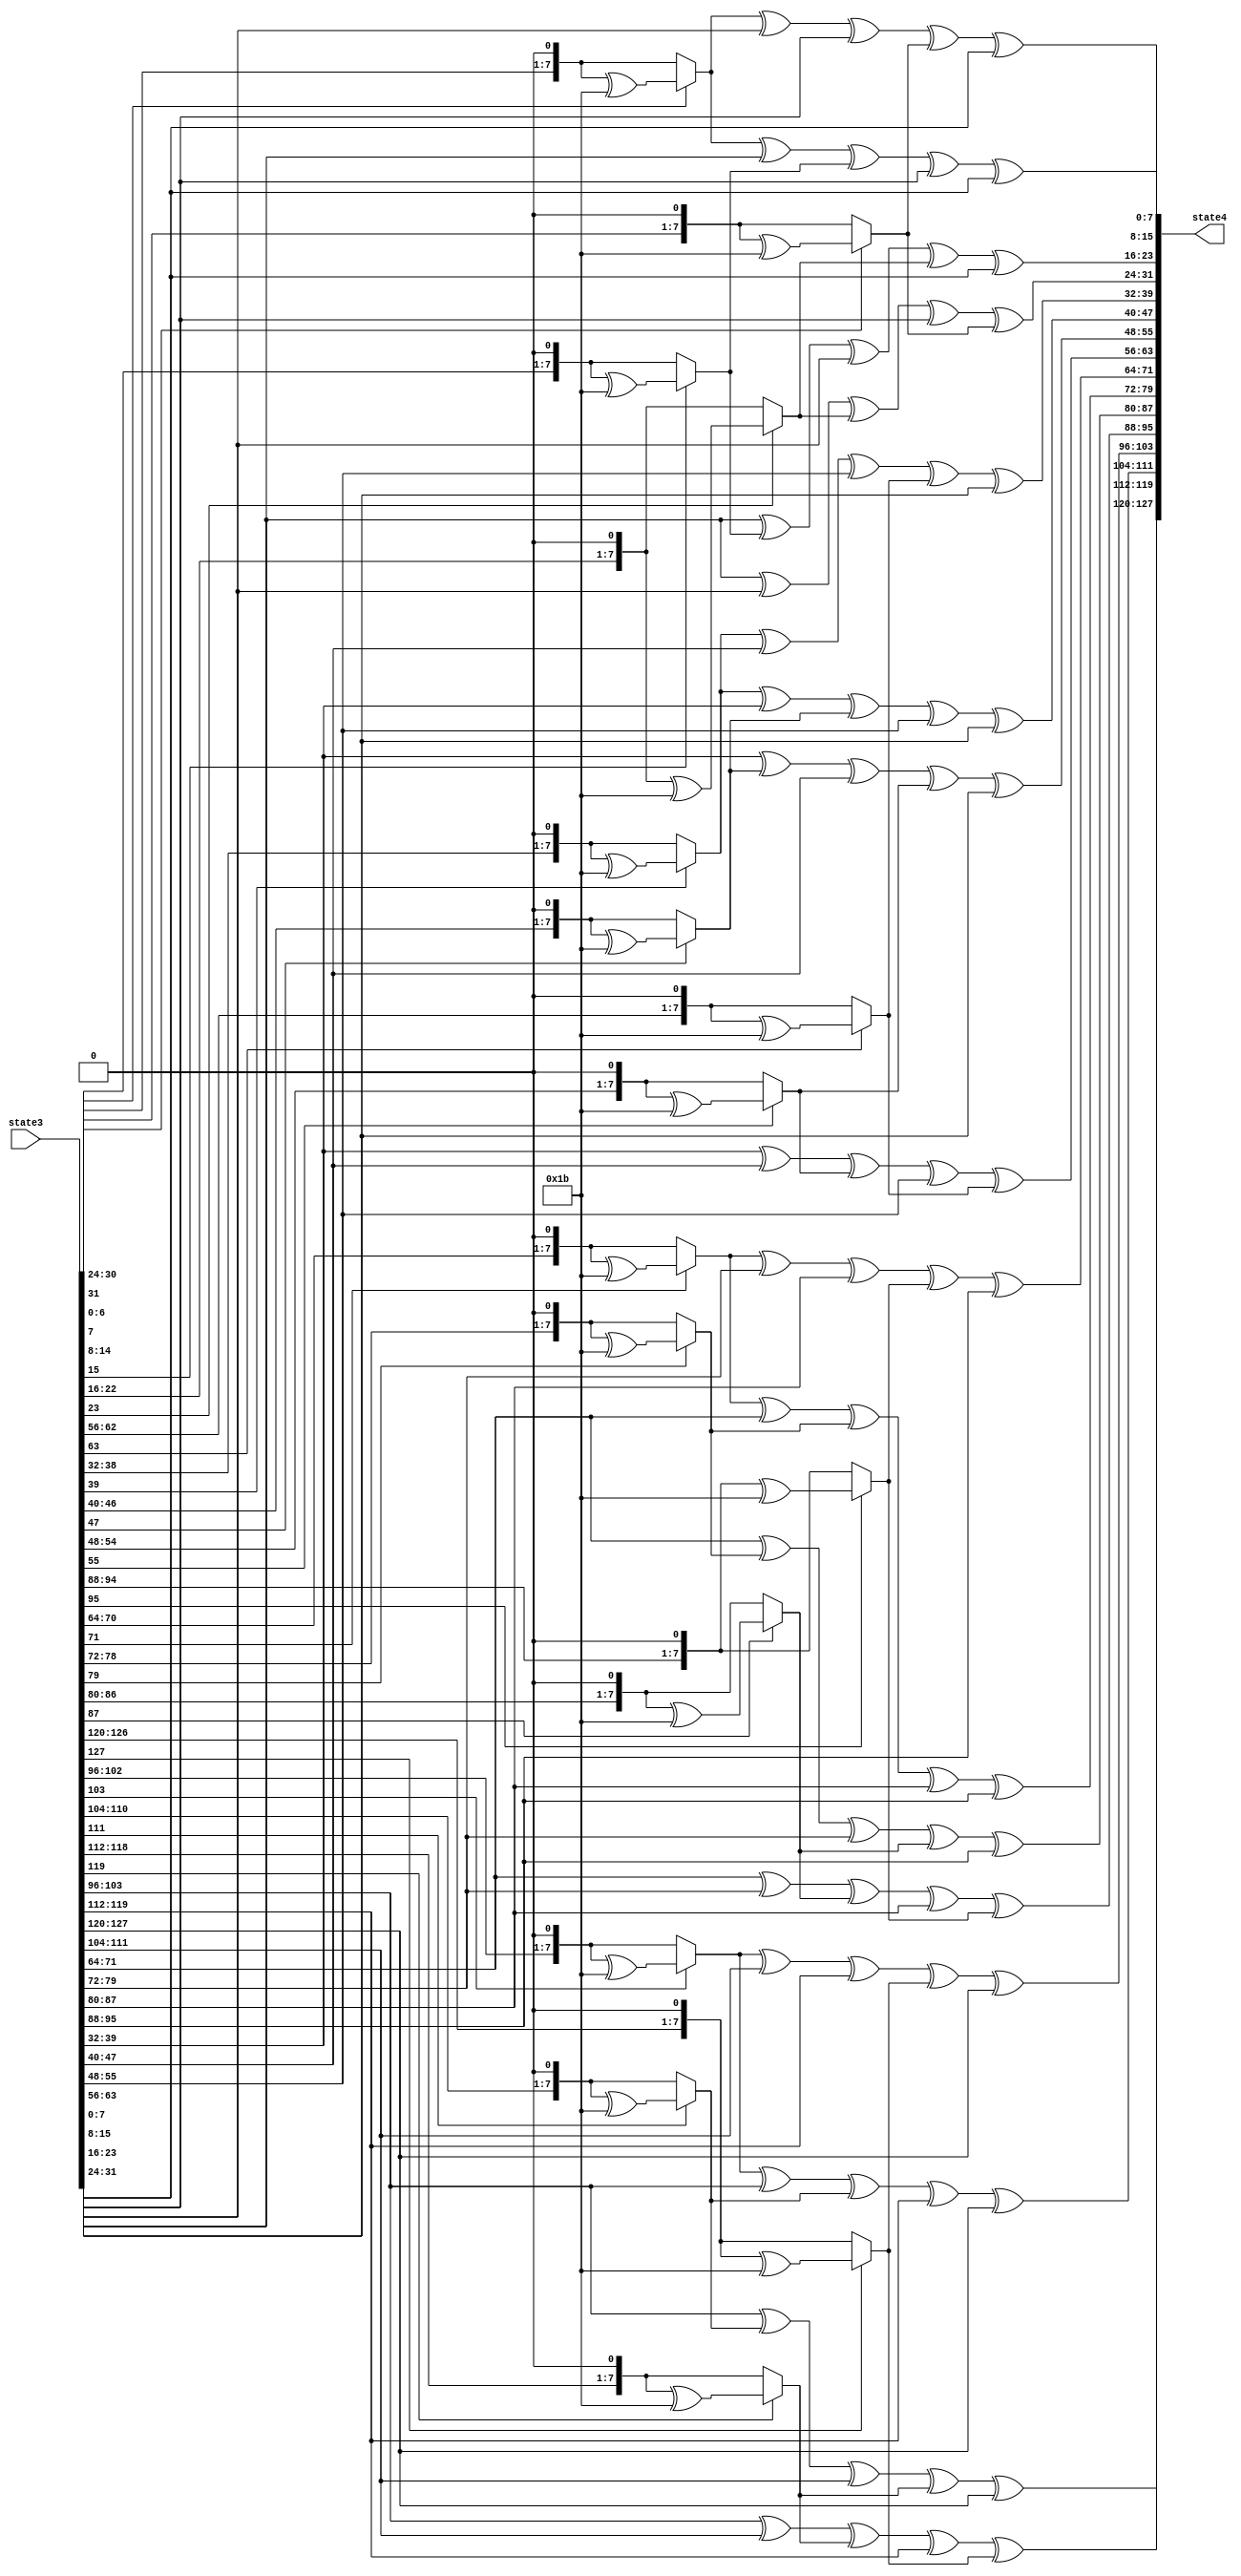
`timescale 1ns / 1ps
module mixColumn (state3, state4);
input [127:0] state3;
output [127:0] state4;



assign state4 [127:120] = state3 [103:96]^state3 [111:104]^mix(state3 [119:112])^state3 [119:112]^mix(state3 [127:120]);
assign state4 [119:112] = state3 [103:96]^mix(state3 [111:104])^state3 [111:104]^mix(state3 [119:112])^state3 [127:120];
assign state4 [111:104] = mix(state3 [103:96])^state3 [103:96]^mix(state3 [111:104])^state3 [119:112]^state3 [127:120];
assign state4 [103:96] = mix(state3 [103:96])^state3 [111:104]^state3 [119:112]^mix(state3 [127:120])^state3 [127:120];

assign state4 [95:88] = state3 [71:64]^state3 [79:72]^mix(state3 [87:80])^state3 [87:80]^mix(state3 [95:88]);
assign state4 [87:80] = state3 [71:64]^mix(state3 [79:72])^state3 [79:72]^mix(state3 [87:80])^state3 [95:88];
assign state4 [79:72] = mix(state3 [71:64])^state3 [71:64]^mix(state3 [79:72])^state3 [87:80]^state3 [95:88];
assign state4 [71:64] = mix(state3 [71:64])^state3 [79:72]^state3 [87:80]^mix(state3 [95:88])^state3 [95:88];

assign state4 [63:56] = state3 [39:32]^state3 [47:40]^mix(state3 [55:48])^state3 [55:48]^mix(state3 [63:56]);
assign state4 [55:48] = state3 [39:32]^mix(state3 [47:40])^state3 [47:40]^mix(state3[55:48])^state3[63:56];
assign state4 [47:40] = mix(state3 [39:32])^state3 [39:32]^mix(state3 [47:40])^state3 [55:48]^state3 [63:56];
assign state4 [39:32] = mix(state3 [39:32])^state3 [47:40]^state3[55:48]^mix(state3 [63:56])^state3 [63:56];


assign state4 [31:24] = state3[7:0]^state3[15:8]^mix(state3 [23:16])^state3 [23:16]^mix(state3 [31:24]);
assign state4 [23:16] = state3 [7:0]^mix(state3 [15:8])^state3 [15:8]^mix(state3 [23:16])^state3 [31:24];
assign state4 [15:8] = mix(state3 [7:0])^state3 [7:0]^mix(state3 [15:8])^state3 [23:16]^state3 [31:24];
assign state4 [7:0] = mix(state3 [7:0])^state3 [15:8]^state3 [23:16]^mix(state3 [31:24])^state3 [31:24];





function [7:0] mix;
input [7:0] i;
begin
if(i[7] ==0)
mix = {i[6:0],1'b0};
else
mix = {i[6:0],1'b0}^8'h1b;
end
endfunction

endmodule